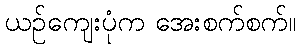
ယဉ်ကျေးပုံက အေးစက်စက်။